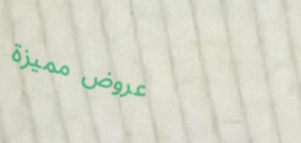
عروض مميزة